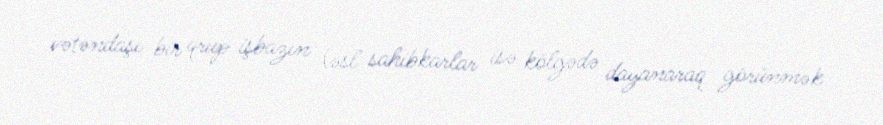
vətəndaşı bir qrup işbazın (əsl sahibkarlar isə kölgədə dayanaraq görünmək